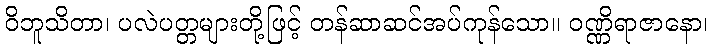
ဝိဘူသိတာ၊ ပလဲပတ္တများတို့ဖြင့် တန်ဆာဆင်အပ်ကုန်သော။ ဝဏ္ဏိရာဇာနော၊